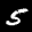
Label: 5